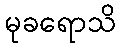
မုခရောသိ